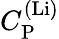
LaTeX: C_{\mathrm{P}}^{\mathrm{(Li)}}